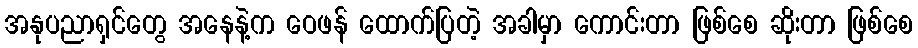
အနုပညာရှင်တွေ အနေနဲ့က ဝေဖန် ထောက်ပြတဲ့ အခါမှာ ကောင်းတာ ဖြစ်စေ ဆိုးတာ ဖြစ်စေ